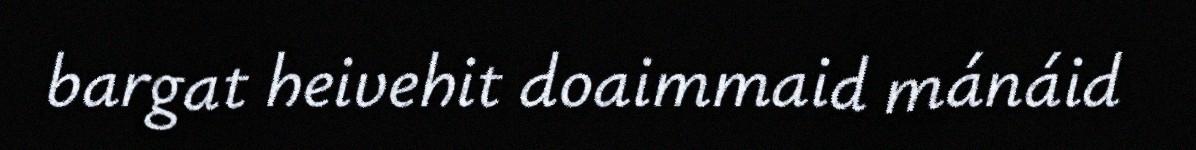
bargat heivehit doaimmaid mánáid